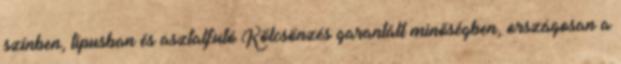
színben, típusban és asztalfutó Kölcsönzés garantált minőségben, országosan a